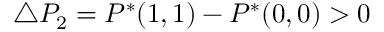
\triangle P _ { 2 } = P ^ { * } ( 1 , 1 ) - P ^ { * } ( 0 , 0 ) > 0